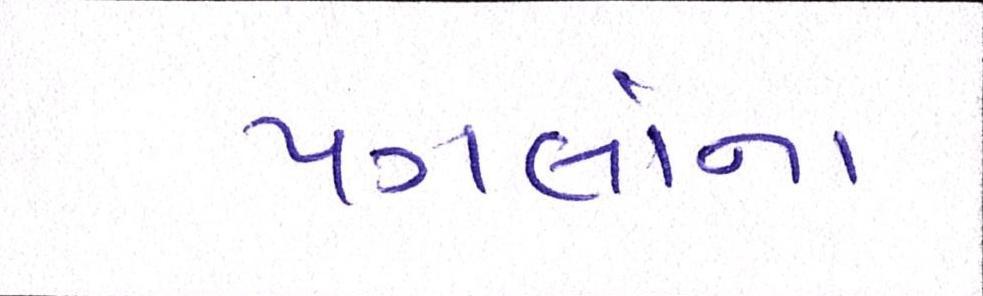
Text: પગલાંના